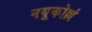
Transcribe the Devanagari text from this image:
नयूकोल्लं